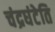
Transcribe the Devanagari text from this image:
चंद्रघंटेति